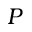
P